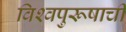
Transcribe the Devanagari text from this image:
विश्‍वपुरूषाची